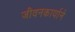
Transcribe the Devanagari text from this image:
जीवनकार्याने